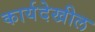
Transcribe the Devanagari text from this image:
कार्यदेखील